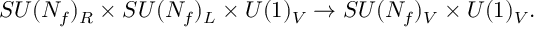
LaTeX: S U ( N _ { f } ) _ { R } \times S U ( N _ { f } ) _ { L } \times U ( 1 ) _ { V } \rightarrow S U ( N _ { f } ) _ { V } \times U ( 1 ) _ { V } .